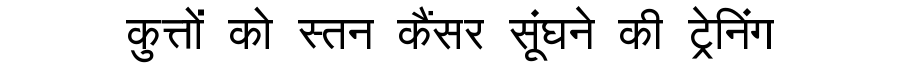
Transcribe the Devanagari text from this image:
कुत्तों को स्तन कैंसर सूंघने की ट्रेनिंग